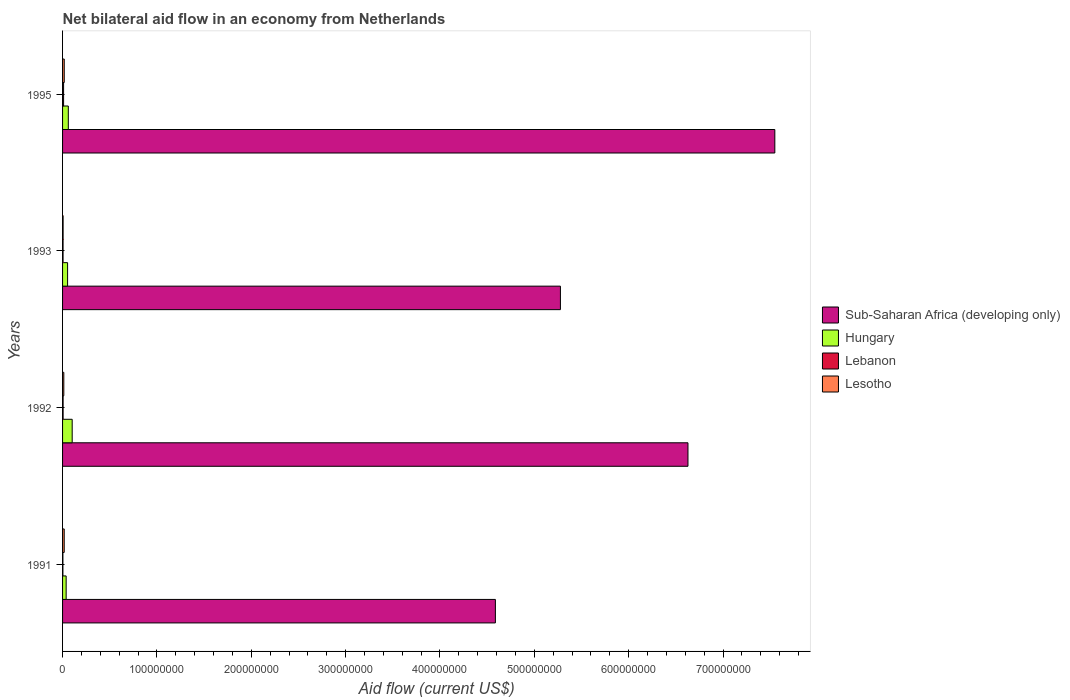
| Years | Sub-Saharan Africa (developing only) | Hungary | Lebanon | Lesotho |
 | --- | --- | --- | --- | --- |
 | 1991 | 4.59e+08 | 3.8e+06 | 3.6e+05 | 1.75e+06 |
 | 1992 | 6.63e+08 | 1.02e+07 | 5.8e+05 | 1.32e+06 |
 | 1993 | 5.28e+08 | 5.33e+06 | 5.2e+05 | 5.8e+05 |
 | 1995 | 7.55e+08 | 6.09e+06 | 1.09e+06 | 1.78e+06 |